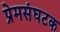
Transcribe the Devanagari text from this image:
प्रेमसंघटक